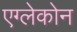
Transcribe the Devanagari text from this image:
एग्लेकोन